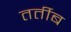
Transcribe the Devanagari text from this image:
तर्तीब